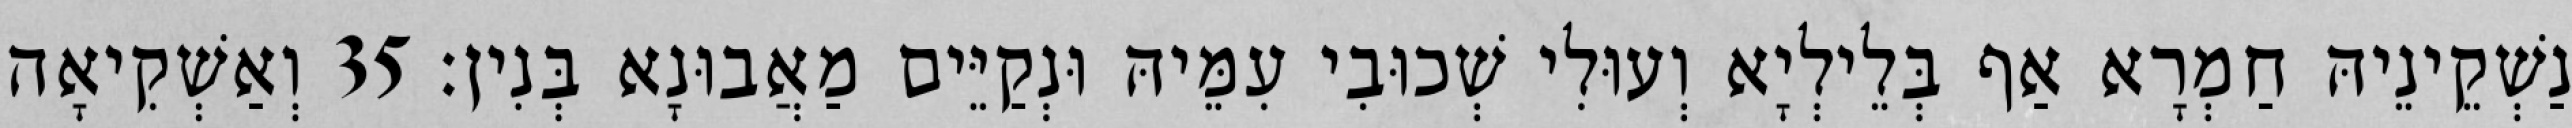
נַשְׁקֵינֵיהּ חַמְרָא אַף בְּלֵילְיָא וְעוּלִי שְׁכוּבִי עִמֵּיהּ וּנְקַיֵּים מַאֲבוּנָא בְּנִין׃ 35 וְאַשְׁקִיאָה